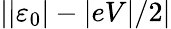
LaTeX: \left\vert\left\vert\varepsilon_{0}\right\vert-\vert eV\vert/2\right\vert